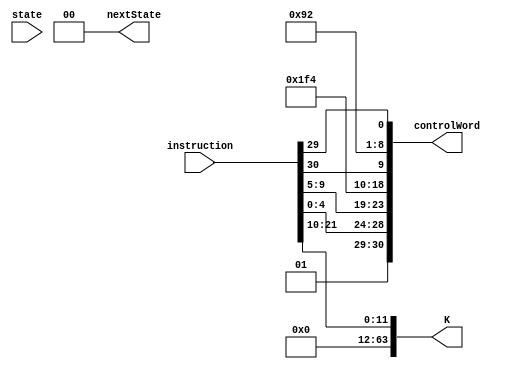
module I_Arithmetic(instruction, state, controlWord, nextState, K);
	input [31:0] instruction;
	input [1:0] state;
	
	output [30:0] controlWord;
	output [1:0] nextState;
	output [63:0] K;
	
	wire [1:0] Psel;
	wire [4:0] DA, SA, SB, Fsel;
	wire regW, ramW, Bsel, EN_MEM, EN_ALU, EN_B, EN_PC, PCsel, SL;
	
	assign Psel = 2'b01; // PC <- PC + 4
	assign DA = instruction[4:0];
	assign SA = instruction[9:5]; // Rn = A
	assign SB = 5'b11111; // K is used instead of B
	assign Fsel = {4'b0100, instruction[30]}; // ADD, invert A on bit 30, do not invert B
	assign regW = 1'b1; // Write to register
	assign ramW = 1'b0; // Do not write to RAM
	assign EN_MEM = 1'b0;
	assign EN_ALU = 1'b1; //Enable ALU on data bus
	assign EN_B = 1'b0;
	assign EN_PC = 1'b0;
	assign Bsel = 1'b1; // Enable K to be used instead of B
	assign PCsel = 1'b0; // (Don't care)
	assign SL = instruction[29]; // Store on bit 29
	
	assign K = {52'd0, instruction[21:10]};
		
	assign controlWord = {Psel, DA, SA, SB, Fsel, regW, ramW, EN_MEM, EN_ALU, EN_B, EN_PC, Bsel, PCsel, SL};
	
	assign nextState = 2'b00;
	
endmodule